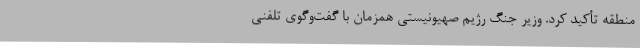
منطقه تأکید کرد. وزیر جنگ رژیم صهیونیستی همزمان با گفت‌وگوی تلفنی